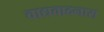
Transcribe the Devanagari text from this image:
वाद्यवादनास